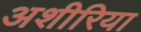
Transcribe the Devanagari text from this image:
अशीरिया